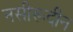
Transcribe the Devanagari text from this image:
नसीरूदीन